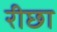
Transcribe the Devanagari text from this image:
रीछा